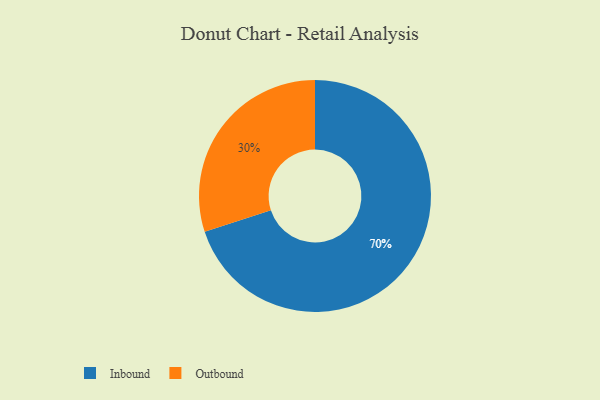
{"axis": {"x": "Category", "y": "Percentage"}, "legend": ["Inbound", "Outbound"], "data": [{"x": "Inbound", "y": 70, "type": "Inbound"}, {"x": "Outbound", "y": 30, "type": "Outbound"}]}